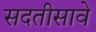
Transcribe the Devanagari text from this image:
सदतीसावे